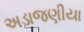
અડાજણીયા